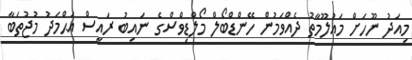
މިއަދު ނޫހަށް މަޢުލޫމާތު ދެއްވަމުން ހޭންޑްބޯލް މޯލްޑިވްސްގެ ނައިބު ރައީސް އަޙްމަދު މުޖުތަބާ